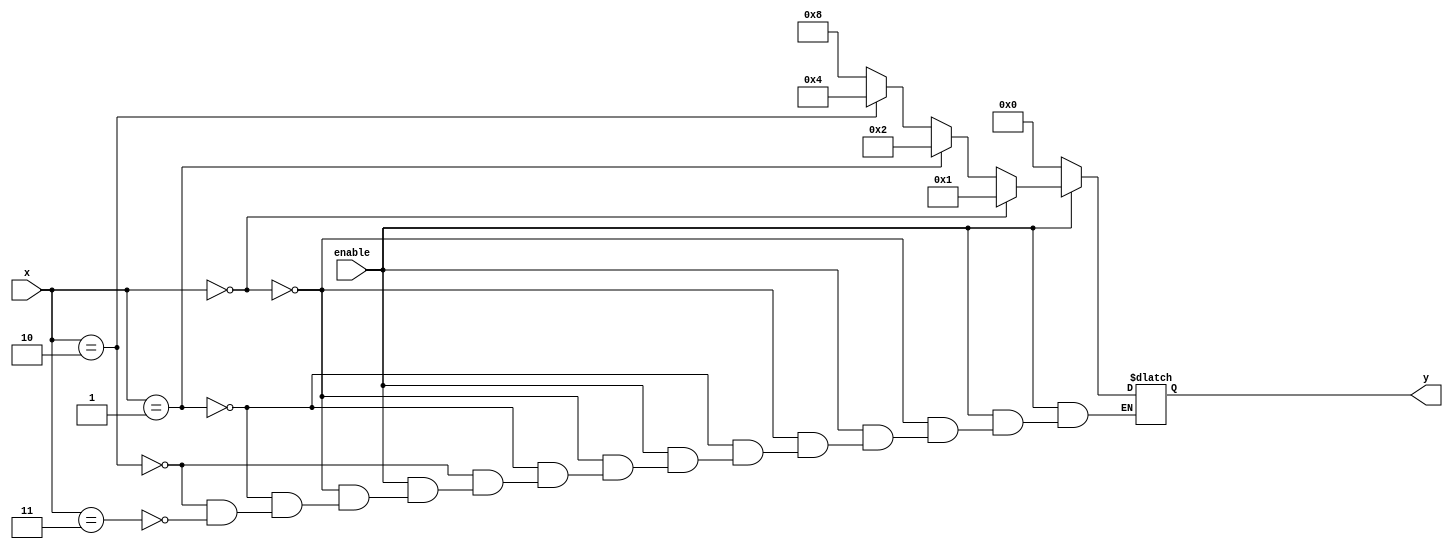
module  binary_encoder
(
input wire  [1:0] x,
input wire  enable,
output reg  [3:0] y 
);
 
always  @(enable, x[1],x[0])
 
if (enable == 1'b0) 
	y=4'b0000;
else if (x == 2'b00)
	y = 4'b0001;
else if (x == 2'b01)
	y = 4'b0010;
else if (x == 2'b10)
	y = 4'b0100;
else if (x == 2'b11)
	y = 4'b1000;
 
endmodule